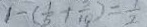
1 - ( \frac { 1 } { 5 } + \frac { 1 } { 1 0 } ) = \frac { 1 } { 2 }